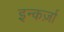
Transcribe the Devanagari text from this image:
इन्कर्ज़ा